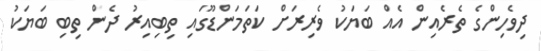
ދިވެހިންގެ ތެރެއިން އެއް ބަޔަކު ވެރިރަށް ކަތަމަންޑޫގައި ތިބިއިރު ދެން ތިބި ބަޔަކު